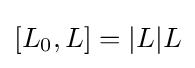
[L_{0},L]=|L|L